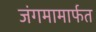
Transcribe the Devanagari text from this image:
जंगमामार्फत